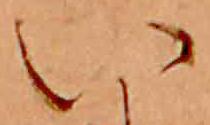
い